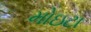
મોઇટા